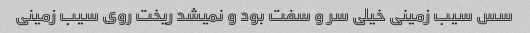
سس سیب زمینی خیلی سر و سفت بود و نمیشد ریخت روی سیب زمینی